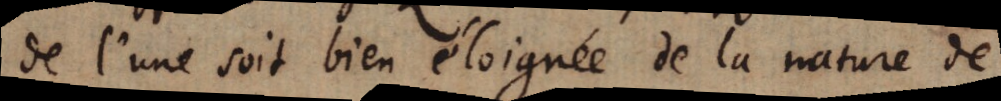
de l’une soit bien éloignée de la nature de